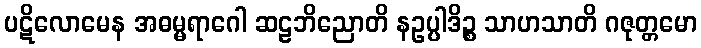
ပဋိလောမေန အဓမ္မရာဂေါ ဆဠဘိညောတိ နဥပ္ပါဒိဉ္စ သာဟသာတိ ဂဇုတ္တမော